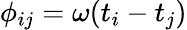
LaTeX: \phi_{ij}=\omega(t_{i}-t_{j})